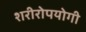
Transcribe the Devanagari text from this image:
शरीरोपयोगी